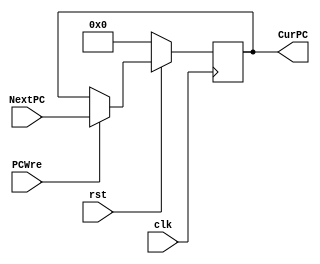
`timescale 1ns / 1ps
//////////////////////////////////////////////////////////////////////////////////
// Company: 
// 
// Design Name: 
// Module Name: PC
// Project Name: 
// Target Devices: 
// Tool Versions: 
// Description: 
// 
// Dependencies: 
// 
// Revision:
// Revision 0.01 - File Created
// Additional Comments:
// 
//////////////////////////////////////////////////////////////////////////////////

module PC(
    clk, rst, 
    PCWre, NextPC, CurPC
);

input clk;
input rst;
input PCWre;
input [31:0] NextPC;
output [31:0] CurPC;

wire clk;
wire rst;
wire PCWre;
wire [31:0] NextPC;
reg [31:0] CurPC;

initial
begin
    // 
    CurPC <= 32'b0;
end

always @(posedge clk)
begin
    if(rst == 1'b0) CurPC <= 32'b0;
    else begin
        if(PCWre == 1'b1) CurPC <= NextPC;
        else CurPC <= CurPC;
    end
end

endmodule